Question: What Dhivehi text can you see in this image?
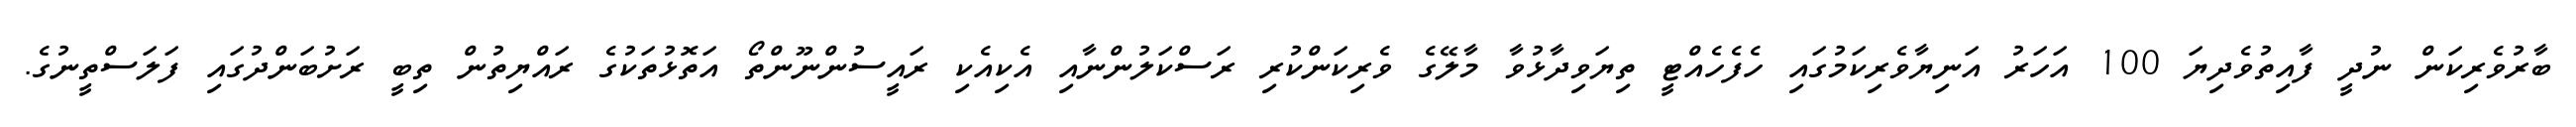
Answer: ބާރުވެރިކަން ނުދީ ފާއިތުވެދިޔަ 100 އަހަރު އަނިޔާވެރިކަމުގައި ހެފެހެއްޓީ ތިޔަވިދާޅުވާ މާލޭގެ ވެރިކަންކުރި ރަސްކަލުންނާއި އެކިއެކި ރައީސުންނޫންތޯ އަތޮޅުތަކުގެ ރައްޔިތުން ތިބީ ރަށުބަންދުގައި ފަލަސްތީނުގެ.